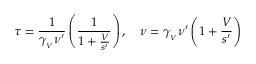
\tau = { \frac { 1 } { \gamma _ { _ { V } } \nu ^ { \prime } } } \left( { \frac { 1 } { 1 + { \frac { V } { s ^ { \prime } } } } } \right) , \quad \nu = \gamma _ { _ { V } } \nu ^ { \prime } \left( 1 + { \frac { V } { s ^ { \prime } } } \right)